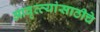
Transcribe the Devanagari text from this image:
आवृत्त्यांसाठीचे